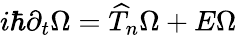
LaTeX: i\hbar\partial_{t}\Omega=\widehat{T}_{n}\Omega+E\Omega